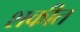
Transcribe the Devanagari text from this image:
शकीत